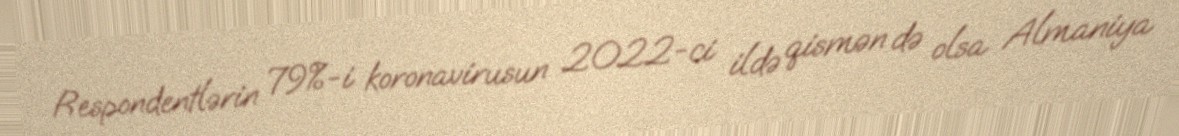
Respondentlərin 79%-i koronavirusun 2022-ci ildə qismən də olsa Almaniya